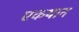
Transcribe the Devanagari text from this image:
एकयान